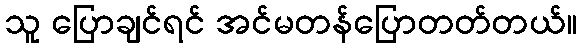
သူ ပြောချင်ရင် အင်မတန်ပြောတတ်တယ်။